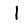
Digit: 1